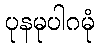
ပုနမုပါဂမုံ